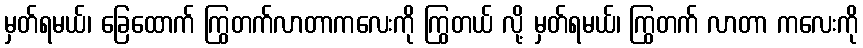
မှတ်ရမယ်၊ ခြေထောက် ကြွတက်လာတာကလေးကို ကြွတယ် လို့ မှတ်ရမယ်၊ ကြွတက် လာတာ ကလေးကို